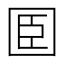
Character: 𡇖